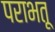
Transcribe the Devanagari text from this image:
पराभतू